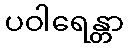
ပဝါရေန္တာ